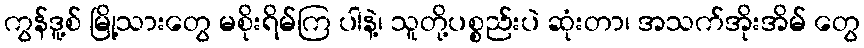
ကွန်ဒူ့စ် မြို့သားတွေ မစိုးရိမ်ကြ ပါနဲ့၊ သူတို့ပစ္စည်းပဲ ဆုံးတာ၊ အသက်အိုးအိမ် တွေ